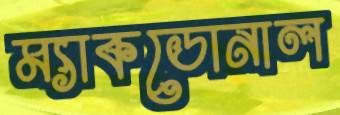
ম্যাকডোনাল